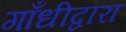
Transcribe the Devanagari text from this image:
गाँधीद्वारा